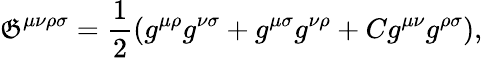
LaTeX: \mathfrak{G}^{\mu\nu\rho\sigma}={{\frac{{1}}{{2}}}}(g^{\mu\rho}g^{\nu\sigma}+g^{\mu\sigma}g^{\nu\rho}+Cg^{\mu\nu}g^{\rho\sigma}),